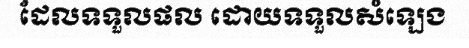
ដែលទទួលផល ដោយទទួលសំឡេង